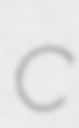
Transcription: C